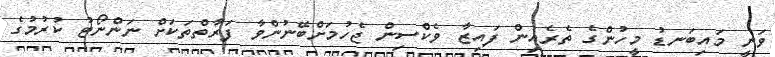
ވަނީ މައިބަނޑު މީހުންގެ ތެރެއިން ފައިޒާ ވެކްސިން ޖެހުމަށްބޭނުންވާ ފަރާތްތަކަށް ނަންނޯޓު ކުރުމުގެ